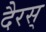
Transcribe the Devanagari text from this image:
दैरस्